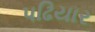
પઢિયાર